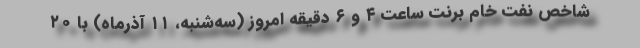
شاخص نفت خام برنت ساعت ۴ و ۶ دقیقه امروز (سه‌شنبه، ۱۱ آذرماه) با ۲۰